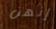
إنهن